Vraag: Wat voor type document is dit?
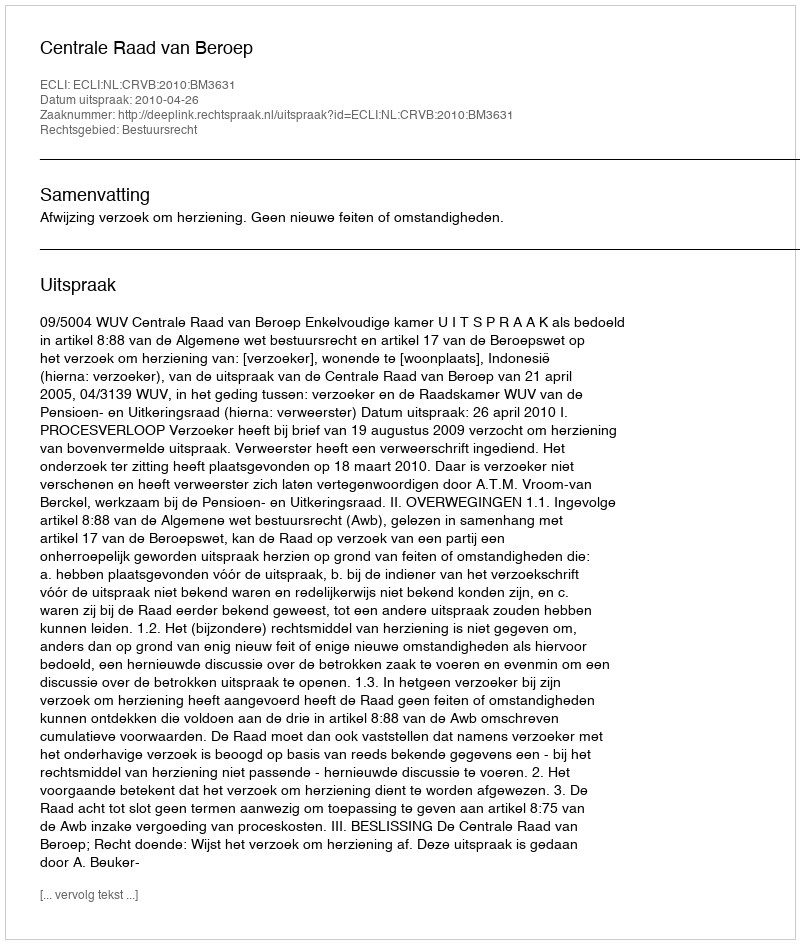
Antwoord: Uitspraak